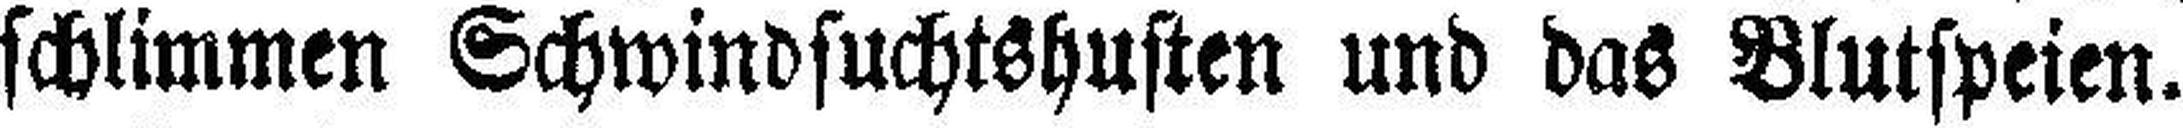
schlimmen Schwindsuchtshusten und das Blutspeien.